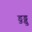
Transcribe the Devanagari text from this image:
डुड्डु